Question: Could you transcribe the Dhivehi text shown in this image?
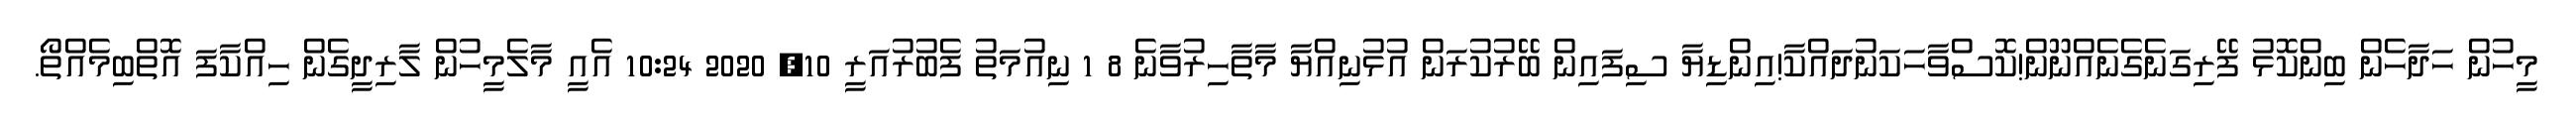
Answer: މީހުން ހަދާހެން ބިންކޮޅު ފޭރިގަނެގެނެއްނޫން!ކޮސްވާހަކަނުދައްކާ!އިންޑިޔާ ސިފައިން ބޭރުކުރަން އުޅުނިއްޔާ މާތާހިރުވާނެ 8 1 ނިއުމަތު ފެބުރުއަރީ 10, 2020 10:24 އެއީ މާލެމީހުން ލާރިދީގެން ހިއްކާފަ އޮތްބިމެއްތޯ.